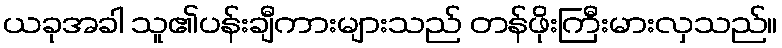
ယခုအခါ သူ၏ပန်းချီကားများသည် တန်ဖိုးကြီးမားလှသည်။